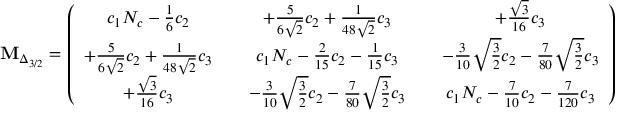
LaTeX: { \bf M } _ { \Delta _ { 3 / 2 } } = \left( \begin{array} { c c c c c } { { c _ { 1 } N _ { c } - \frac 1 6 c _ { 2 } } } & { { } } & { { + \frac { 5 } { 6 \sqrt { 2 } } c _ { 2 } + \frac { 1 } { 4 8 \sqrt { 2 } } c _ { 3 } } } & { { } } & { { + \frac { \sqrt { 3 } } { 1 6 } c _ { 3 } } } \\ { { + \frac { 5 } { 6 \sqrt { 2 } } c _ { 2 } + \frac { 1 } { 4 8 \sqrt { 2 } } c _ { 3 } } } & { { } } & { { c _ { 1 } N _ { c } - \frac { 2 } { 1 5 } c _ { 2 } - \frac { 1 } { 1 5 } c _ { 3 } } } & { { } } & { { - \frac { 3 } { 1 0 } \sqrt { \frac { 3 } { 2 } } c _ { 2 } - \frac { 7 } { 8 0 } \sqrt { \frac { 3 } { 2 } } c _ { 3 } } } \\ { { + \frac { \sqrt { 3 } } { 1 6 } c _ { 3 } } } & { { } } & { { - \frac { 3 } { 1 0 } \sqrt { \frac { 3 } { 2 } } c _ { 2 } - \frac { 7 } { 8 0 } \sqrt { \frac { 3 } { 2 } } c _ { 3 } } } & { { } } & { { c _ { 1 } N _ { c } - \frac { 7 } { 1 0 } c _ { 2 } - \frac { 7 } { 1 2 0 } c _ { 3 } } } \end{array} \right) ,